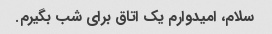
سلام، امیدوارم یک اتاق برای شب بگیرم.